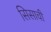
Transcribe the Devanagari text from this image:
सिसाची